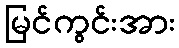
မြင်ကွင်းအား